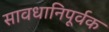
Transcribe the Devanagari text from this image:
सावधानिपूर्वक